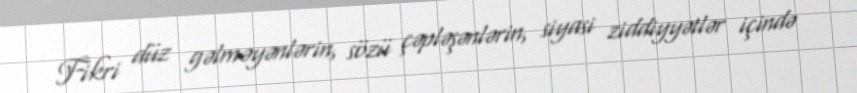
Fikri düz gəlməyənlərin, sözü çəpləşənlərin, siyasi ziddiyyətlər içində